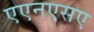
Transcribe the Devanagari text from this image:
एएनएसए